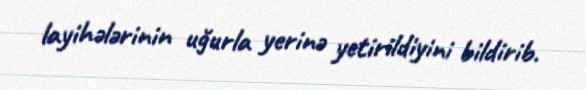
layihələrinin uğurla yerinə yetirildiyini bildirib.